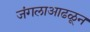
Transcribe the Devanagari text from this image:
जंगलाआढळून